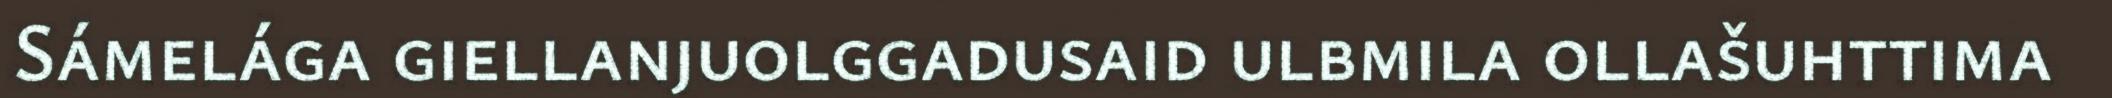
Sámelága giellanjuolggadusaid ulbmila ollašuhttima